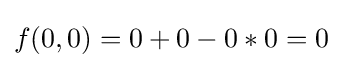
f(0,0)=0+0-0*0=0